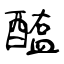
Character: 醢